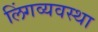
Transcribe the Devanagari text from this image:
लिंगव्यवस्था